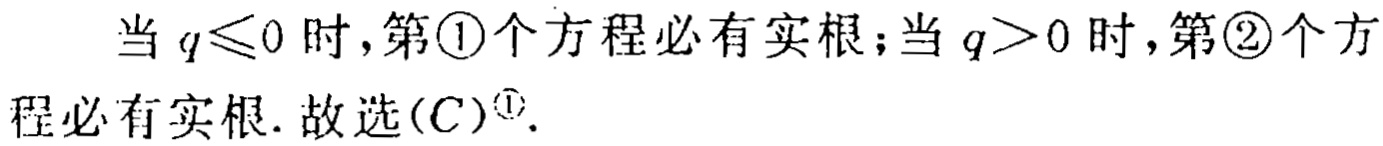
当 \(q\leqslant0\) 时,第\textcircled{1}个方程必有实根;当 \(q > 0\) 时,第\textcircled{2}个方程必有实根. 故选\((C)^{\textcircled{1}}\).